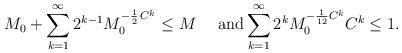
LaTeX: \begin{align*} M_{0}+ \sum_{k=1}^\infty 2^{k-1} M_{0}^{-\frac12\, C^k}\leq M\quad\textrm{ and} \sum_{k=1}^\infty 2^k M_{0}^{-\frac1{12}C^k} C^k\leq 1.\end{align*}